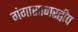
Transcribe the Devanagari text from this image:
गंगासागरद्वीप